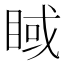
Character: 𥇿